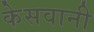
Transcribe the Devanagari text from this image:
केसवानी